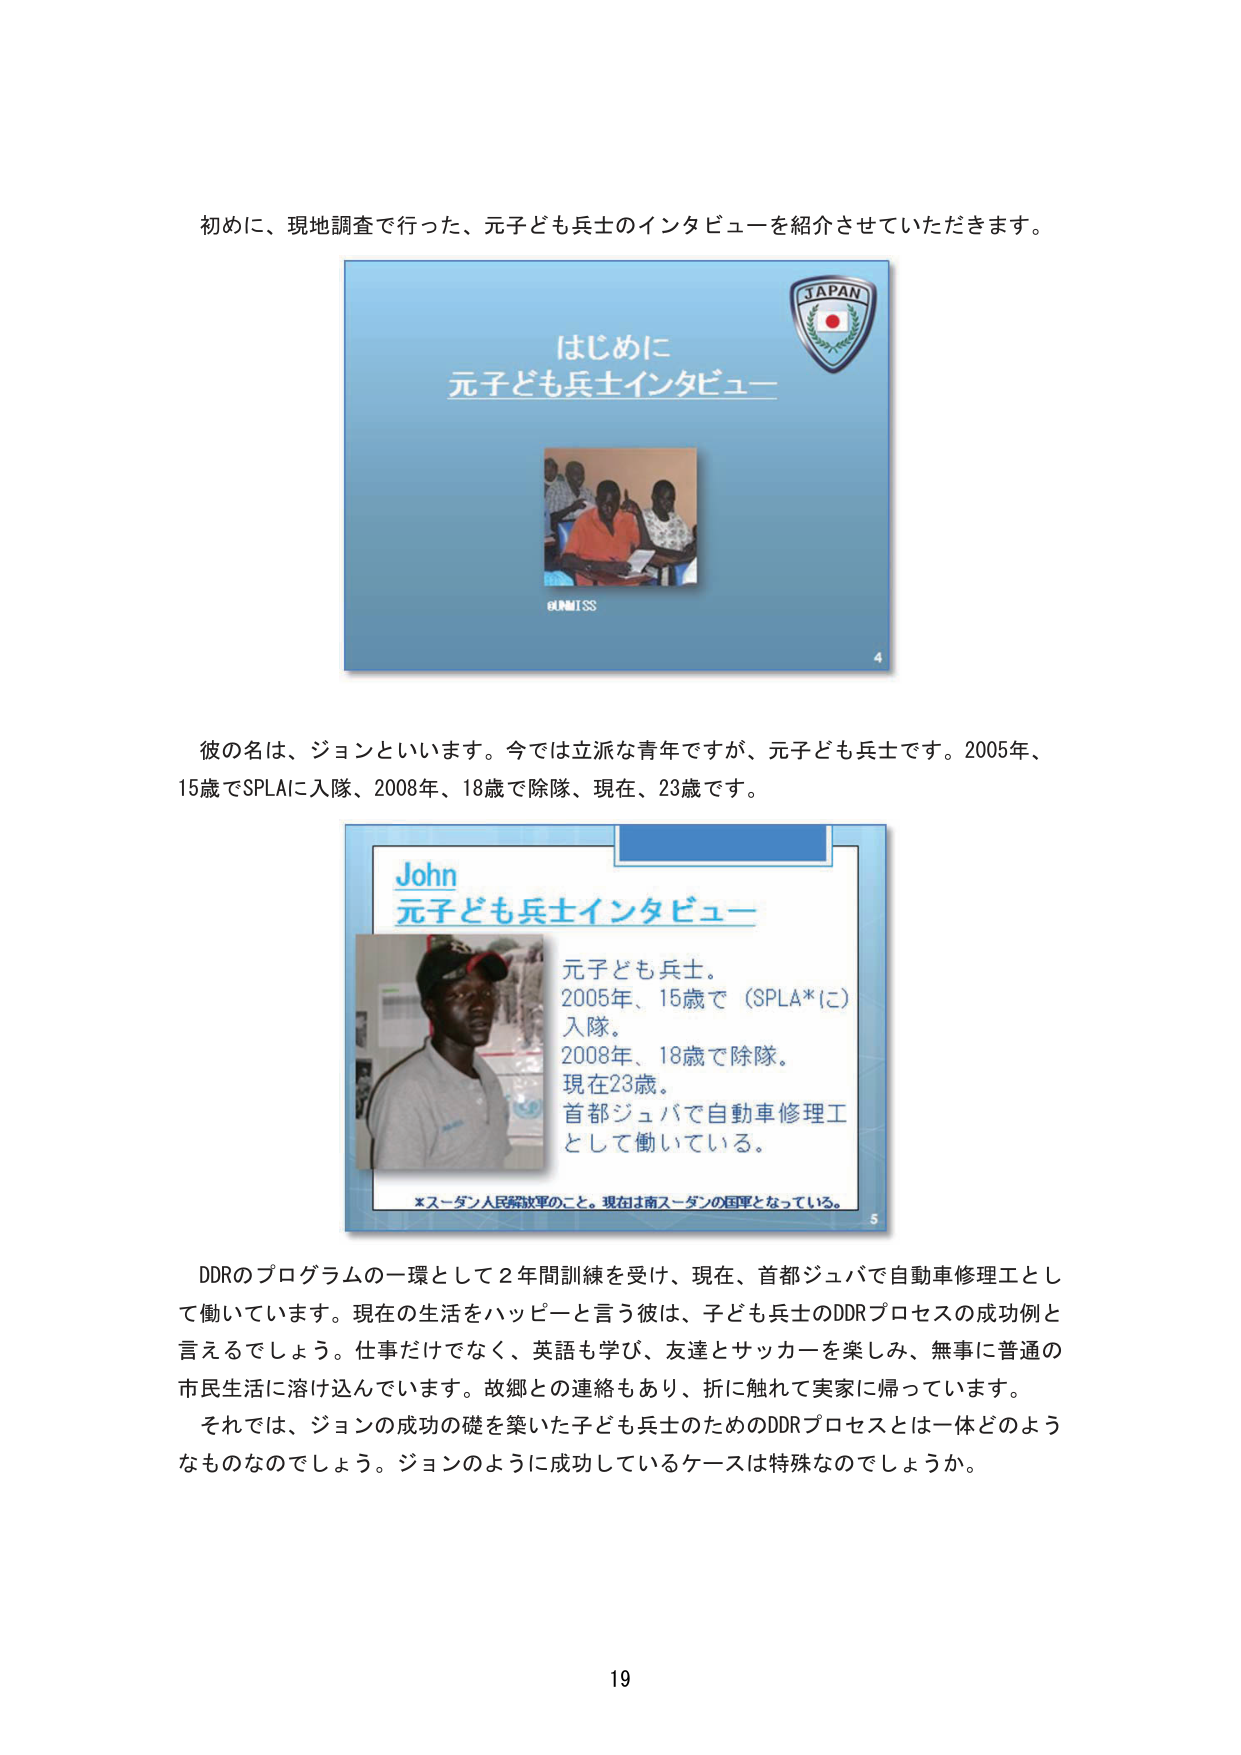
初めに、現地調査で行った、元子ども兵士のインタビューを紹介させていただきます。

はじめに
元子ども兵士インタビュー

JAPAN

©UNMISS
4

彼の名は、ジョンといいます。今では立派な青年ですが、元子ども兵士です。2005年、15歳でSPLAに入隊、2008年、18歳で除隊、現在、23歳です。

John
元子ども兵士インタビュー

元子ども兵士。
2005年、15歳で（SPLA*に）入隊。
2008年、18歳で除隊。
現在23歳。
首都ジュバで自動車修理工として働いている。

*スーダン人民解放軍のこと。現在は南スーダンの国軍となっている。
5

DDRのプログラムの一環として2年間訓練を受け、現在、首都ジュバで自動車修理工として働いています。現在の生活をハッピーと言う彼は、子ども兵士のDDRプロセスの成功例と言えるでしょう。仕事だけでなく、英語も学び、友達とサッカーを楽しみ、無事に普通の市民生活に溶け込んでいます。故郷との連絡もあり、折に触れて実家に帰っています。
それでは、ジョンの成功の礎を築いた子ども兵士のためのDDRプロセスとは一体どのようなものなのでしょう。ジョンのように成功しているケースは特殊なのでしょうか。

19